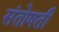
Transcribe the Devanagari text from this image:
संतोषती